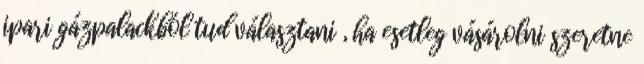
ipari gázpalackból tud választani , ha esetleg vásárolni szeretne